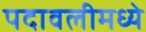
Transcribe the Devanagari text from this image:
पदावलीमध्ये